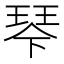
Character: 𰢆